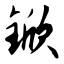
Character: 锨